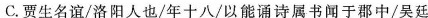
C. 贾生名谊/洛阳人也/年十八以能通诗属书闻于郡中/吴廷